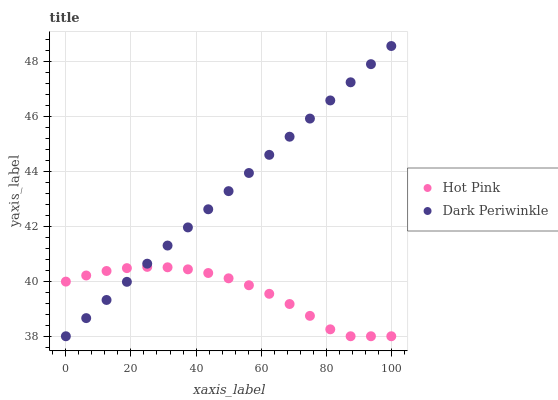
| xaxis_label | Hot Pink | Dark Periwinkle |
 | --- | --- | --- |
 | 0 | 40 | 38 |
 | 6.25 | 40.2 | 38.7 |
 | 12.5 | 40.4 | 39.3 |
 | 18.8 | 40.5 | 40 |
 | 25 | 40.5 | 40.6 |
 | 31.2 | 40.5 | 41.3 |
 | 37.5 | 40.4 | 42 |
 | 43.8 | 40.3 | 42.6 |
 | 50 | 40.1 | 43.3 |
 | 56.2 | 39.9 | 43.9 |
 | 62.5 | 39.5 | 44.6 |
 | 68.8 | 39.2 | 45.3 |
 | 75 | 38.7 | 45.9 |
 | 81.2 | 38.3 | 46.6 |
 | 87.5 | 38 | 47.2 |
 | 93.8 | 38 | 47.9 |
 | 100 | 38 | 48.6 |